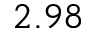
2 . 9 8